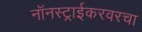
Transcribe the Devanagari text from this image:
नॉनस्ट्राईकरवरचा